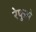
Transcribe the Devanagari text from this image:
रेफुसे